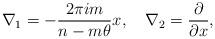
LaTeX: \begin{align*}\nabla_1=-\frac{2\pi i m}{n-m\theta} x, \quad \nabla_2=\frac{\partial}{\partial x},\end{align*}